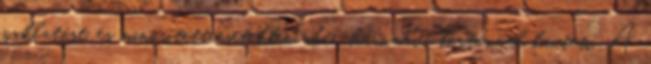
zaklatást, és minősített esetekben akár háromévi börtönnel bünteti. A